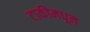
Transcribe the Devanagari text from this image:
टाकीमधून